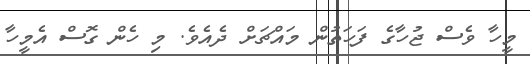
މީހާ ވެސް ޖުހާގެ ފަހަތުން މައްޗަށް ދެއެވެ. މި ހެން ގޮސް އެމީހާ